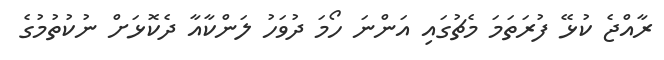
ރާއްޖެ ކުޅޭ ފުރަތަމަ މެޗުގައި އަންނަ ހޯމަ ދުވަހު ލަންކާއާ ދެކޮޅަށް ނުކުތުމުގެ